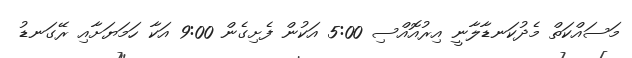
މަސައްކަތް މެދުކަނޑާލާނީ އިރުއޮއްސި 5:00 އަކުން ފެށިގެން 9:00 އަކާ ހަމަޔަށާއި ރޭގަނޑު